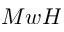
M w H